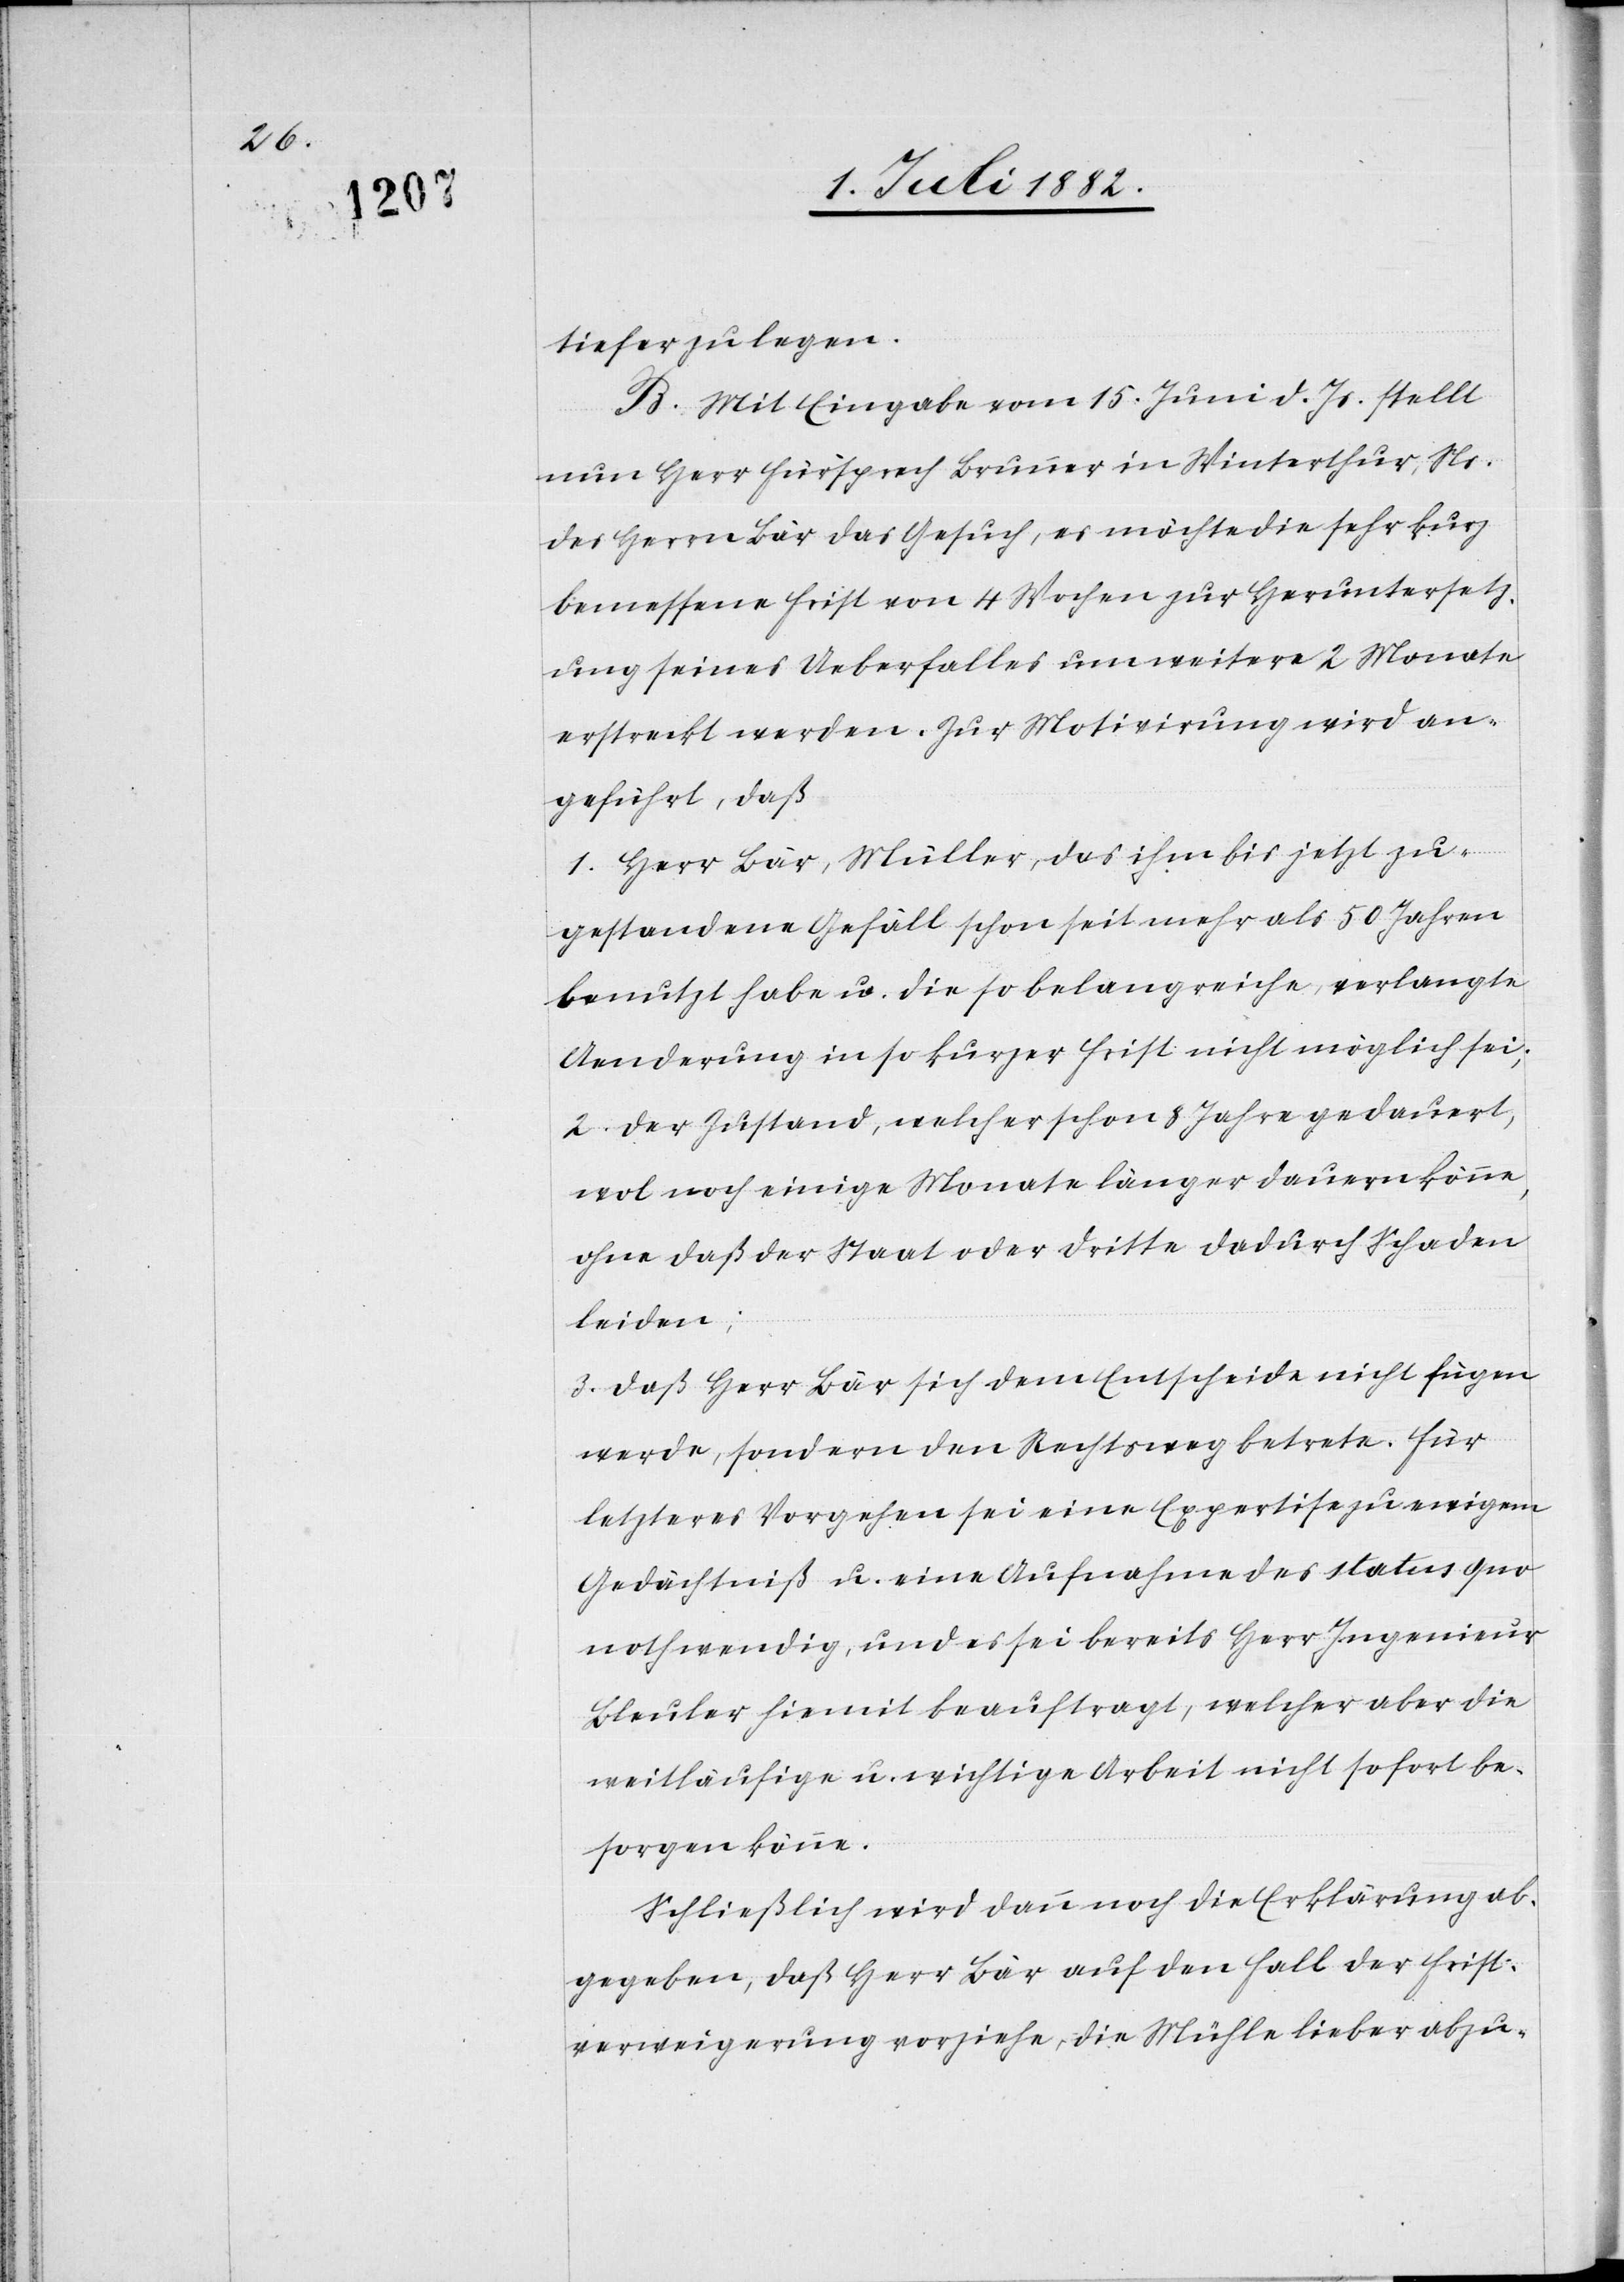
tiefer zu legen.
B. Mit Eingabe vom 15. Juni d. Js. stellt
nun Herr Fürsprech Brunner in Winterthur, Ns.
des Herrn Bär das Gesuch, es möchte die sehr kurz
bemessene Frist von 4 Wochen zur Heruntersetz¬
ung seines Ueberfalles um weitere 2 Monate
erstreckt werden. Zur Motivirung wird an¬
geführt, daß
1. Herr Bär, Müller, das ihm bis jetzt zu¬
gestandene Gefäll schon seit mehr als 50 Jahren
benutzt u. die so belangreiche, verlangte
Aenderung in so kurzer Frist nicht möglich sei;
2. der Zustand, welcher schon 8 Jahre gedauert,
wol noch einige Monate länger dauern könne,
ohne daß der Staat oder Dritte dadurch Schaden
leiden;
3. daß Herr Bär sich dem Entscheide nicht fügen
werde, sondern den Rechtsweg betrete. Für
letzteres Vorgehen sei eine Expertise zu ewigem
Gedächtniß u. eine Aufnahme des status quo
nothwendig, und es sei bereits Herr Ingenieur
Bleuler hiemit beauftragt, welcher aber die
weitläufige u. wichtige Arbeit nicht sofort be¬
sorgen könne.
Schließlich wird dann noch die Erklärung ab¬
gegeben, daß Herr Bär auf den Fall der Frist¬
verweigerung vorziehe, die Mühle lieber abzu-